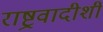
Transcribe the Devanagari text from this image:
राष्ट्रवादीशी